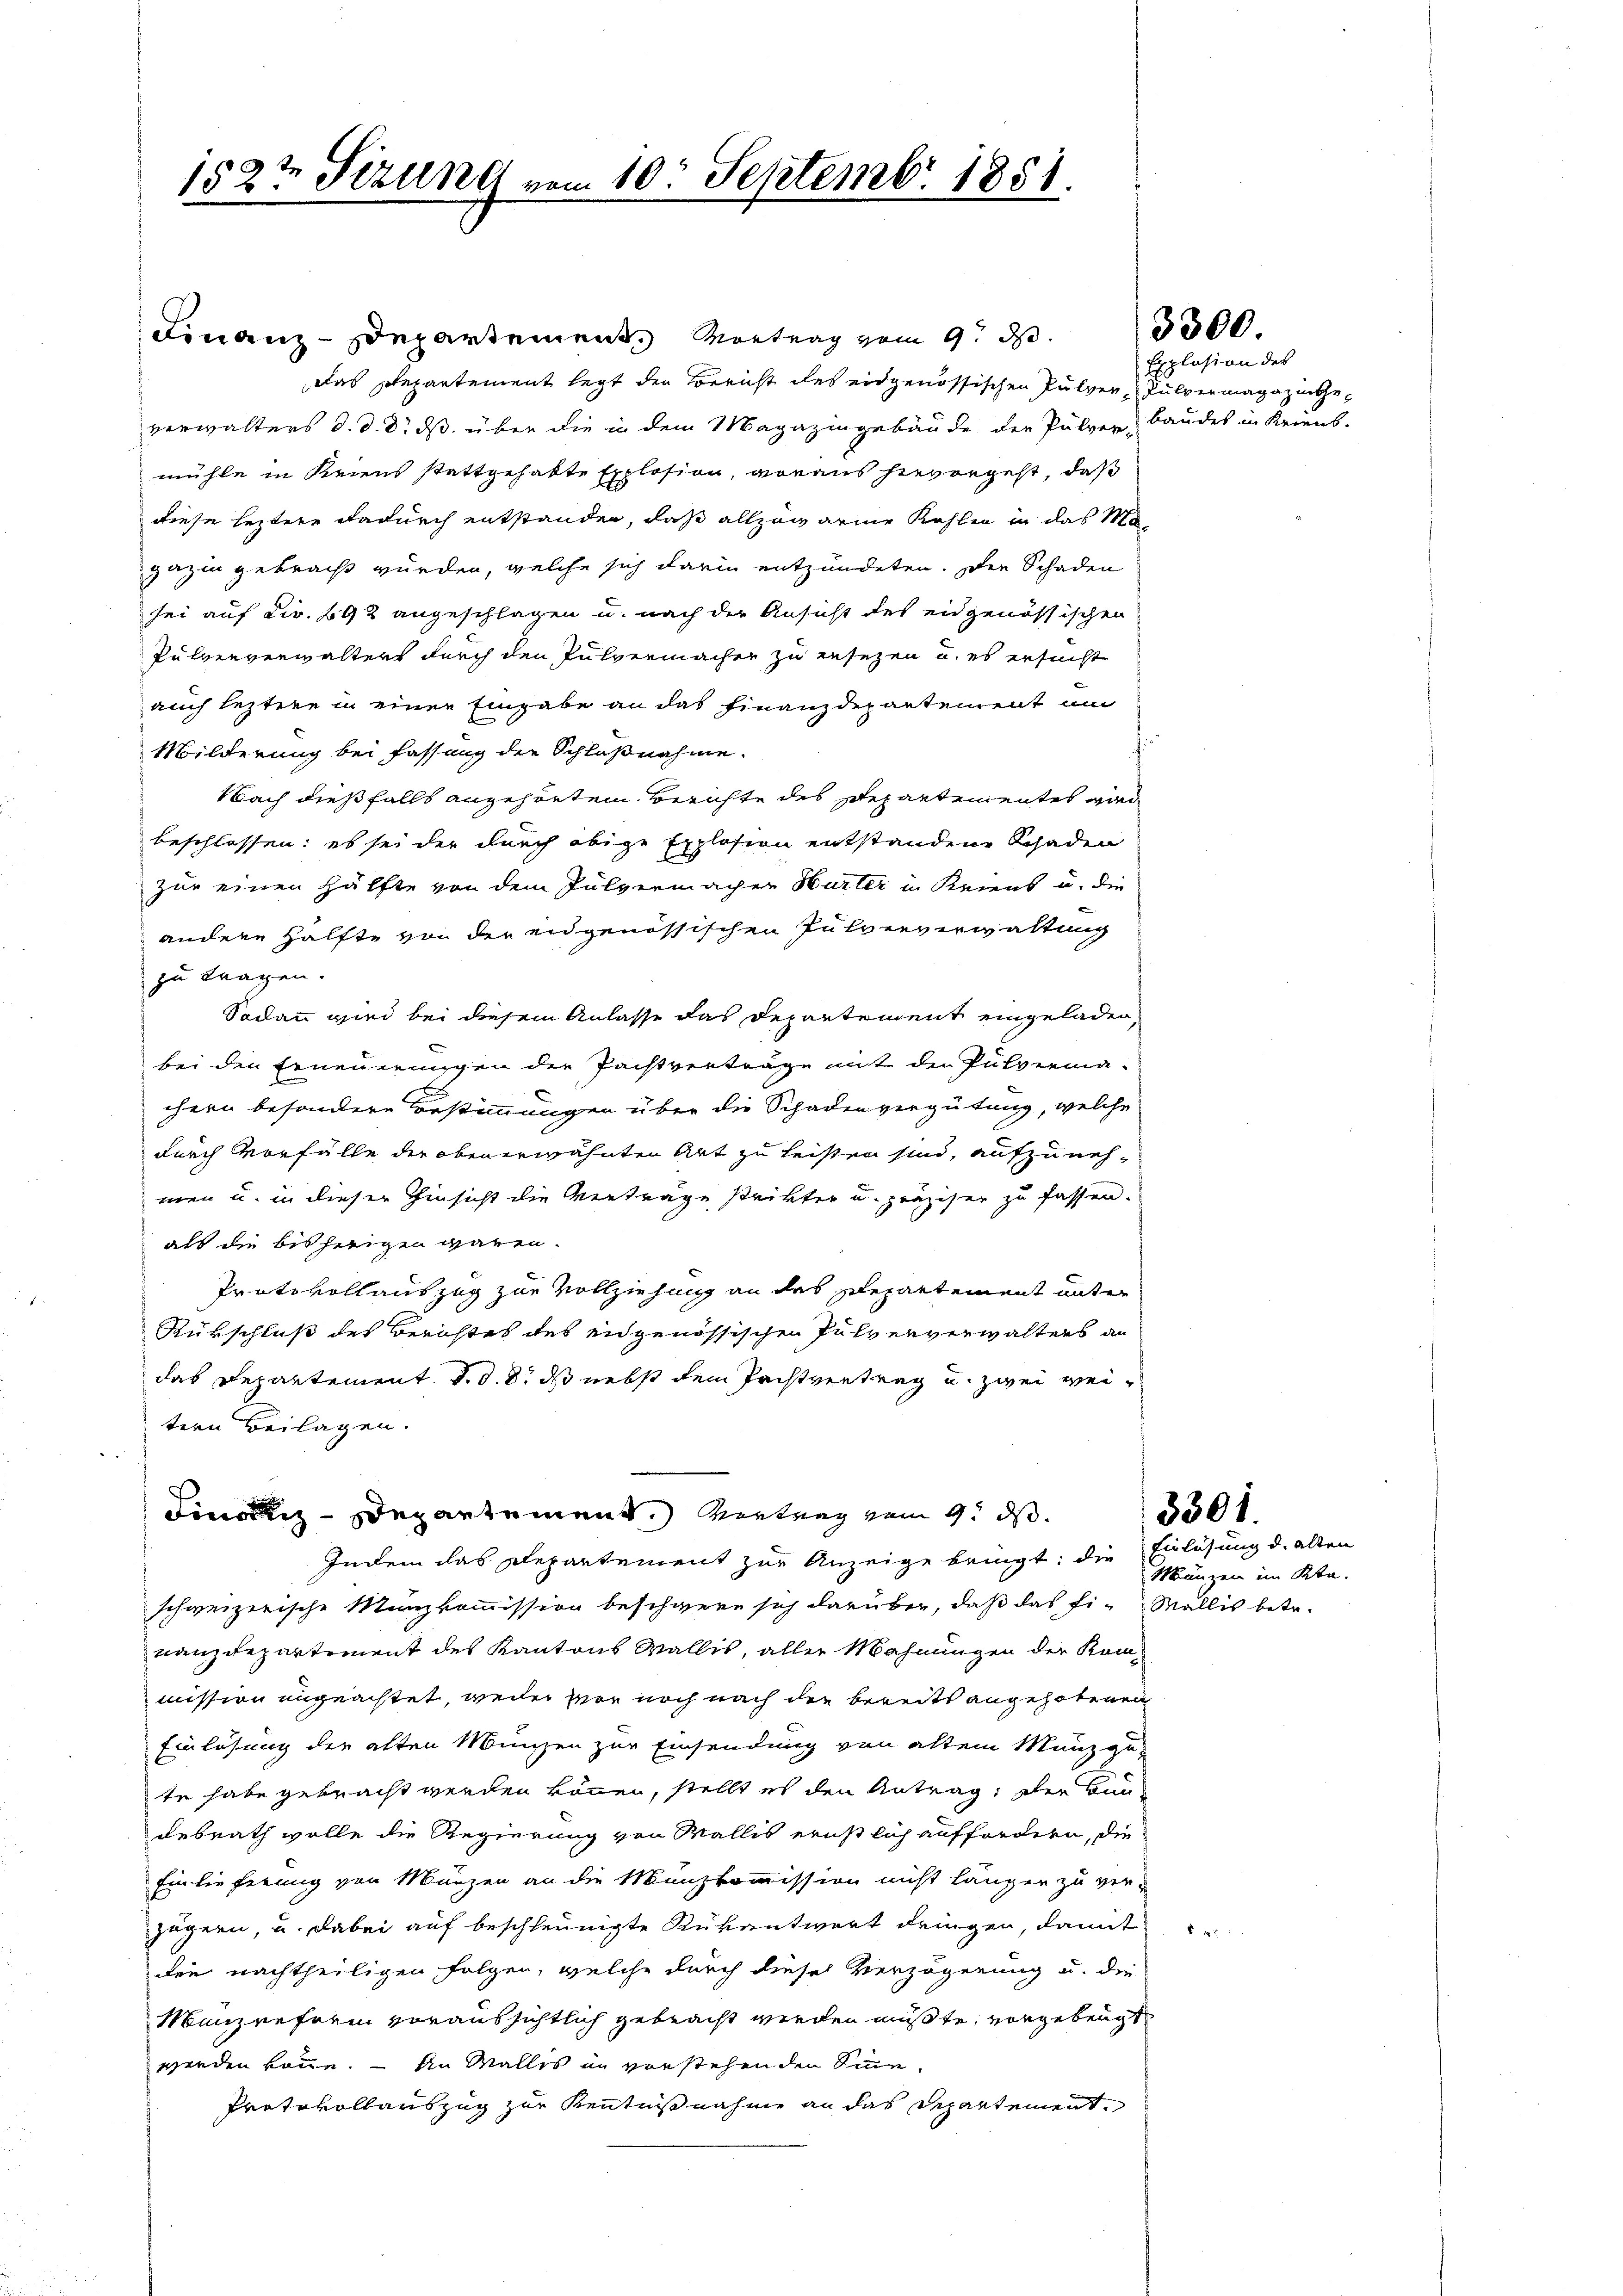
152t Sizung vom 10. Septembr 1851.

Finanz-Departement Vortrag vom 9. ds.
Das Departement legt der Bericht des eidgenössischen Pulver Pulvermagazingeverwalters d. d. d. ds. über die in dem Magazingebäude der Pulver-Landes in Kriens.
mühle in Kriens stattgehabte Explosion, voraus hievorgeht, daß
diese leztere dadurch entstanden, daß allzuwarme Kahlen in das Mi
gazin gebracht würden, welche sich darin entzündeten. Der Schaden
sei auf Fr. 692 angeschlagen u. nach der Ansicht des eidgenössischen
Pulververwalters durch den Pulvermacher zu ensetzen u. es ersucht
auch leztere in einer Eingabe an das Finanzdepartement um
Milderung bei fassung der Schlußnahme.
NNach dießfalls angehörten Berichte des Departementes wird
beschlossen: es sei der durch obige Explosion entstandene Schaden
zur einen Hälfte von dem Pulvermacher Hurter in Kriens u. die
andere Hälfte von der eidgenössischen Pulververwaltung
zu tragen.
Sodann wird bei diesem Anlasse das Departement eingeladen,
bei den Erneuerungen die Pachtverträge mit der Pulverma-
chern besondere Bestimmungen über die Schadenvergütung, welche
durch Vorfälle die obenerwähnten Art zu leisten sind, aufzunehmen u. in dieser Hinsicht die Vertrage strikter u. präziser zu fassen.
als die bisherigen waren.
Prato vollauszug zur Vollziehung an des Departement unter
Rükschluß des Berichtes des eidgenössischen Pulververwalters an
das Departement. d. d. 8. ds nebst dem Pachtvertrag u. zwei weitern Beilagen.
Finanz-Departement.) Vertrag vom 9. ds.
Indem das Departement zur Anzeige bringt; die
schweizerische Münzkommission beschwere sich darüber, daß das Fi- Wallis betr.
nanzdepartement des Kantons Wallis, aller Mahnungen der Kommission ungeachtet, weder vor noch nach die bereits angehobenen
Einlösung der alten Münzen zur Einsendung von altem Manz gete habe gebracht werden können, stellt es den Antrag, der Bun
desrath wolle die Regierung von Wallis ernstlich auffordern, die
Einlieferung von Manzen an die Münzkommission nicht längen zu ver-
jägern, u. dabei auf beschleunigte Rükantwort dringen, damit
den nachtheiligen Folgen, welche durch dieses Verzögerung u. die
Manzenferm voraussichtlich gebracht werden müßte, vorgebeugt
werden könne. – An Malles in vorstehenden Sinne
Protokollauszug zur Kenntnißnahme an das Departement,

Eplosion des

3300

Einlösung d. alten
Mänzen im Kta.

3301.

8